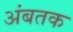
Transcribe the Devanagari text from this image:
अंबतक